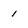
Character: 1